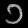
Digit: ၁